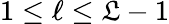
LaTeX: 1\leq\ell\leq\mathfrak{L}-1